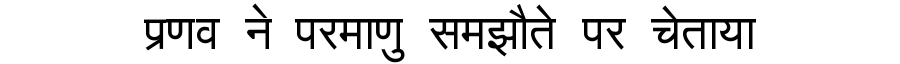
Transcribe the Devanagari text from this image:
प्रणव ने परमाणु समझौते पर चेताया